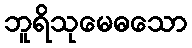
ဘူရိသုမေဓသော